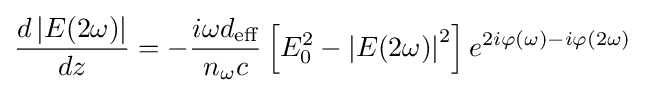
{\frac {d\left|E(2\omega )\right|}{dz}}=-{\frac {i\omega d_{\text{eff}}}{n_{\omega }c}}\left[E_{0}^{2}-\left|E(2\omega )\right|^{2}\right]e^{2i\varphi (\omega )-i\varphi (2\omega )}